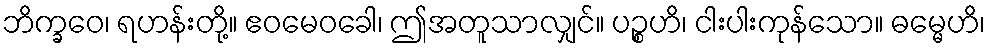
ဘိက္ခဝေ၊ ရဟန်းတို့။ ဧဝမေဝခေါ၊ ဤအတူသာလျှင်။ ပဉ္စဟိ၊ ငါးပါးကုန်သော။ ဓမ္မေဟိ၊